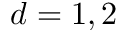
d = 1 , 2